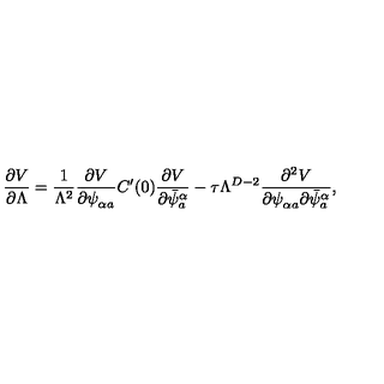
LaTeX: \frac { \partial V } { \partial \Lambda } = \frac { 1 } { \Lambda ^ { 2 } } \frac { \partial V } { \partial \psi _ { \alpha a } ^ { \phantom { a } } } C ^ { \prime } ( 0 ) \frac { \partial V } { \partial \bar { \psi } _ { a } ^ { \alpha } } - \tau \Lambda ^ { D - 2 } \frac { \partial ^ { 2 } V } { \partial \psi _ { \alpha a } ^ { \phantom { a } } \partial \bar { \psi } _ { a } ^ { \alpha } } ,